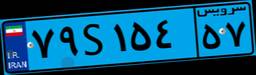
۷۹S۱۵۴۵۷